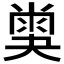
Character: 𡙪